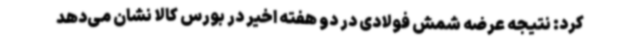
کرد: نتیجه عرضه شمش فولادی در دو هفته اخیر در بورس کالا نشان می‌دهد